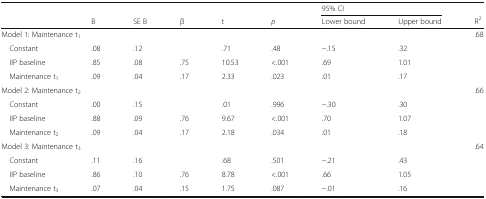
<table><thead><tr><td></td><td></td><td></td><td></td><td></td><td></td><td colspan="2"><b>95% CI</b></td><td></td></tr><tr><td></td><td><b>B</b></td><td><b>SE B</b></td><td><b>β</b></td><td><b>t</b></td><td><b><i>p</i></b></td><td><b>Lower bound</b></td><td><b>Upper bound</b></td><td><b>R<sup>2</sup></b></td></tr></thead><tbody><tr><td colspan="8">Model 1: Maintenance t<sub>1</sub></td><td>.68</td></tr><tr><td> Constant</td><td>.08</td><td>.12</td><td></td><td>.71</td><td>.48</td><td>−.15</td><td>.32</td><td></td></tr><tr><td> IIP baseline</td><td>.85</td><td>.08</td><td>.75</td><td>10.53</td><td>&lt;.001</td><td>.69</td><td>1.01</td><td></td></tr><tr><td> Maintenance t<sub>1</sub></td><td>.09</td><td>.04</td><td>.17</td><td>2.33</td><td>.023</td><td>.01</td><td>.17</td><td></td></tr><tr><td colspan="8">Model 2: Maintenance t<sub>2</sub></td><td>.66</td></tr><tr><td> Constant</td><td>.00</td><td>.15</td><td></td><td>.01</td><td>.996</td><td>−.30</td><td>.30</td><td></td></tr><tr><td> IIP baseline</td><td>.88</td><td>.09</td><td>.76</td><td>9.67</td><td>&lt;.001</td><td>.70</td><td>1.07</td><td></td></tr><tr><td> Maintenance t<sub>2</sub></td><td>.09</td><td>.04</td><td>.17</td><td>2.18</td><td>.034</td><td>.01</td><td>.18</td><td></td></tr><tr><td colspan="8">Model 3: Maintenance t<sub>3</sub></td><td>.64</td></tr><tr><td> Constant</td><td>.11</td><td>.16</td><td></td><td>.68</td><td>.501</td><td>−.21</td><td>.43</td><td></td></tr><tr><td> IIP baseline</td><td>.86</td><td>.10</td><td>.76</td><td>8.78</td><td>&lt;.001</td><td>.66</td><td>1.05</td><td></td></tr><tr><td> Maintenance t<sub>3</sub></td><td>.07</td><td>.04</td><td>.15</td><td>1.75</td><td>.087</td><td>−.01</td><td>.16</td><td></td></tr></tbody></table>